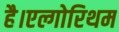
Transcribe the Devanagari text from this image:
है।एल्गोरिथम